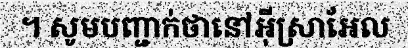
។ សូមបញ្ជាក់ថានៅអ៊ីស្រាអែល